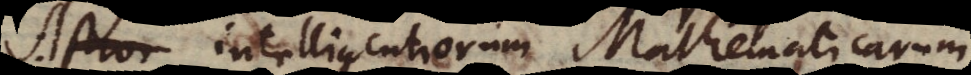
Astron intelligentiorum Mathematicarum